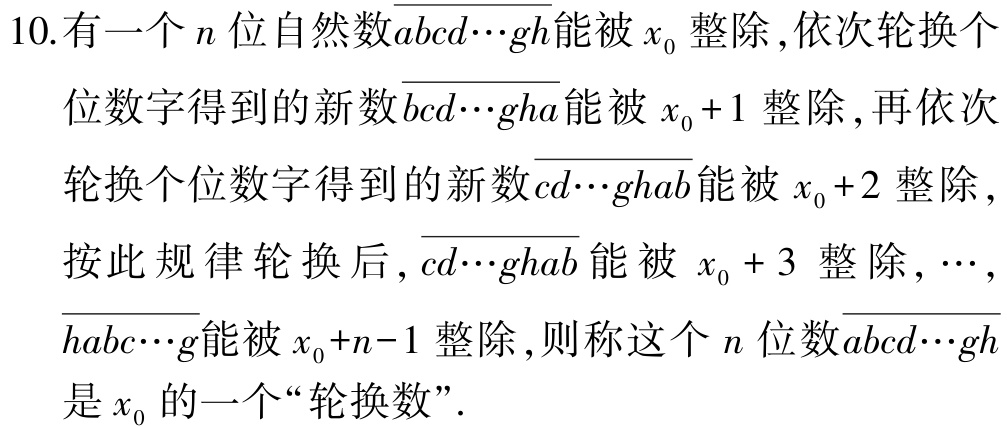
10. 有一个\(n\)位自然数\(\overline{abcd\cdots gh}\)能被\(x_{0}\)整除，依次轮换个位数字得到的新数\(\overline{bcd\cdots gha}\)能被\(x_{0}+1\)整除，再依次轮换个位数字得到的新数\(\overline{cd\cdots ghab}\)能被\(x_{0}+2\)整除，按此规律轮换后，\(\overline{cd\cdots ghab}\)能被\(x_{0}+3\)整除，\(\cdots\)，\(\overline{habc\cdots g}\)能被\(x_{0}+n - 1\)整除，则称这个\(n\)位数\(\overline{abcd\cdots gh}\)是\(x_{0}\)的一个“轮换数”.